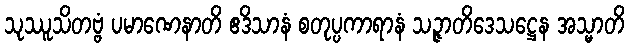
သုဿူသိတဗ္ဗံ ပမာဏေနာတိ ဧဒိသာနံ စတုပ္ပကာရာနံ သဉ္ဇာတိဒေသဋ္ဌေန အသ္မာတိ